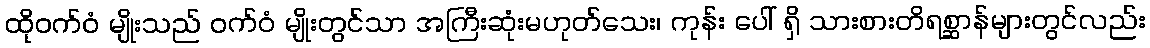
ထိုဝက်ဝံ မျိုးသည် ဝက်ဝံ မျိုးတွင်သာ အကြီးဆုံးမဟုတ်သေး၊ ကုန်း ပေါ် ရှိ သားစားတိရစ္ဆာန်များတွင်လည်း